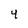
Character: 4